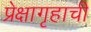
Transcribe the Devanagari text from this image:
प्रेक्षागृहाची